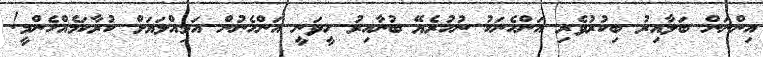
އިންނަން ބަލާއިރު ބިކުރުވެރި އަންހެނަކު ނުހުރެޔޭ ބުނާއިރު ހީވަނީ އަންހެނުން އަމިއްލަޔަށް ކުރާކަމެއްހެންމީ!